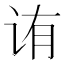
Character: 𬣩